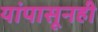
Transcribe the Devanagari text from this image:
यांपासूनही